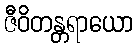
ဇီဝိတန္တရာယော